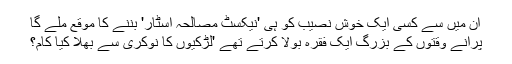
ان میں سے کسی ایک خوش نصیب کو ہی 'نیکسٹ مصالحہ اسٹار' بننے کا موقع ملے گا
پرانے وقتوں کے بزرگ ایک فقرہ بولا کرتے تھے 'لڑکیوں کا نوکری سے بھلا کیا کام؟